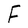
Character: F